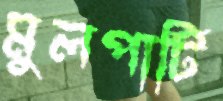
মুলপাটি